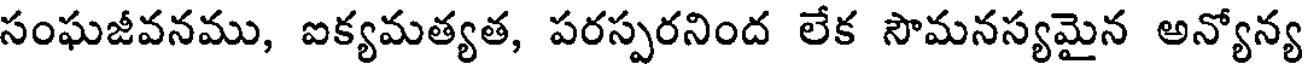
సంఘజీవనము, ఐక్యమత్యత, పరస్పరనింద లేక సౌమనస్యమైన అన్యోన్య